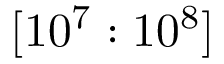
[ 1 0 ^ { 7 } : 1 0 ^ { 8 } ]